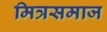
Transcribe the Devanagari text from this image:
मित्रसमाज